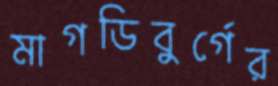
মাগডিবুর্গের